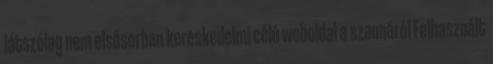
látszólag nem elsősorban kereskedelmi célú weboldal a szaunáról Felhasznált